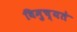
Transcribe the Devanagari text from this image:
विमुच्यते